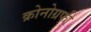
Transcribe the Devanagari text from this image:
क्रोनोग्रफी